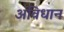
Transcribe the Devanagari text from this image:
अविधान